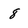
Character: 8